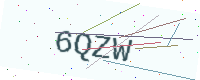
Text: 6QZW